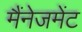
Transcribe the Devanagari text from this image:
मैंनेजमेंट